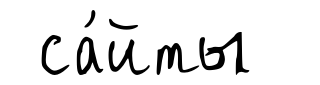
са́йты